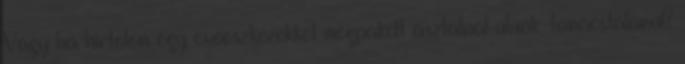
Vagy ha hirtelen egy evőeszközökkel megpakolt asztalnál ülünk, tanácstalanul?